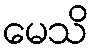
မေသိ